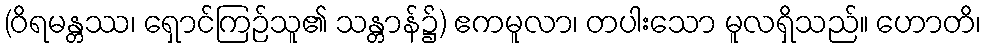
(ဝိရမန္တဿ၊ ရှောင်ကြဉ်သူ၏ သန္တာန်၌) ဧကမူလာ၊ တပါးသော မူလရှိသည်။ ဟောတိ၊